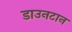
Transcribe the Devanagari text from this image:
डाउनटान